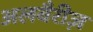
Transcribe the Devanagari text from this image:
अलबैरीज़